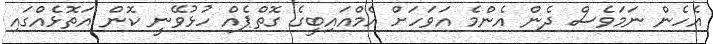
އެހެން ނަމަވެސް ދެން އެންމެ އަވަހަށް އެމްއައިބީގެ ގޮތްޕެއް ހުޅުވޭނީ ކޮން އަތޮޅެއްގައި